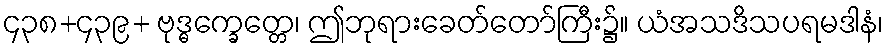
၄၃၈+၄၃၉+ ဗုဒ္ဓက္ခေတ္တေ၊ ဤဘုရားခေတ်တော်ကြီး၌။ ယံအသဒိသပရမဒါနံ၊